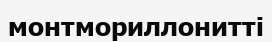
монтмориллонитті